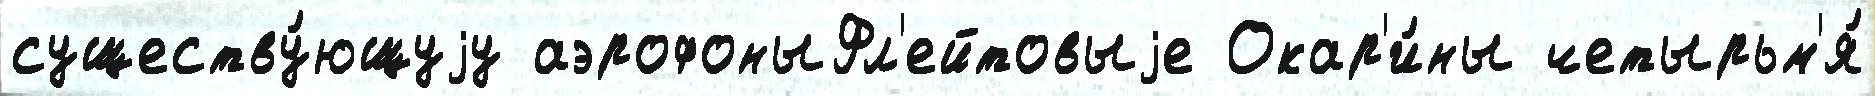
существу́ющуjу аэрофоныФл'ейтовыjе Окар'и́ны четырьм'я́